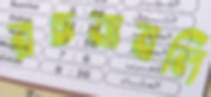
রচনাবলি